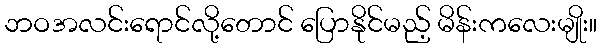
ဘဝအလင်းရောင်လို့တောင် ပြောနိုင်မည့် မိန်းကလေးမျိုး။